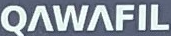
QAWAFIL